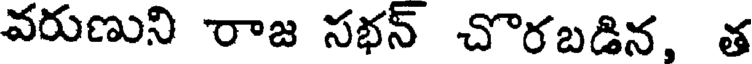
వరుణుని రాజ సభన్ చొరబడిన, త